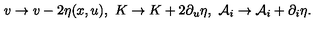
v \to v - 2 \eta ( x , u ) , \ K \to K + 2 \partial _ { u } \eta , \ { \cal A } _ { i } \to { \cal A } _ { i } + \partial _ { i } \eta .